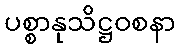
ပစ္စာနုသိဋ္ဌဝစနာ